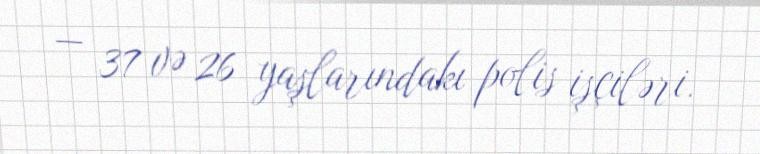
— 37 və 26 yaşlarındakı polis işçiləri.